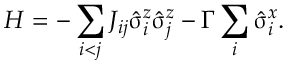
H = - \sum _ { i < j } J _ { i j } \hat { \upsigma } _ { i } ^ { z } \hat { \upsigma } _ { j } ^ { z } - \Gamma \sum _ { i } \hat { \upsigma } _ { i } ^ { x } .